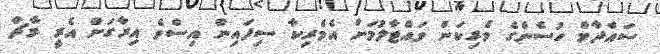
ސައްދާމް ހުސެންގެ ވެރިކަން ވައްޓާލުމަށް އެމެރިކާ ސިފައިން އިސްވެ އިރާގަށް އެރީ މާޗް